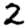
Digit: 2